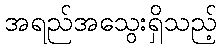
အရည်အသွေးရှိသည့်